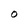
Character: O